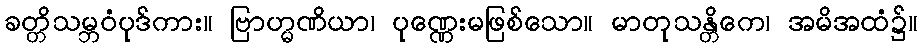
ခတ္တိသမ္ဘဝံပုဒ်ကား။ ဗြာဟ္မဏိယာ၊ ပုဏ္ဏေးမဖြစ်သော။ မာတုသန္တိကေ၊ အမိအထံ၌။